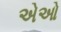
એઓ